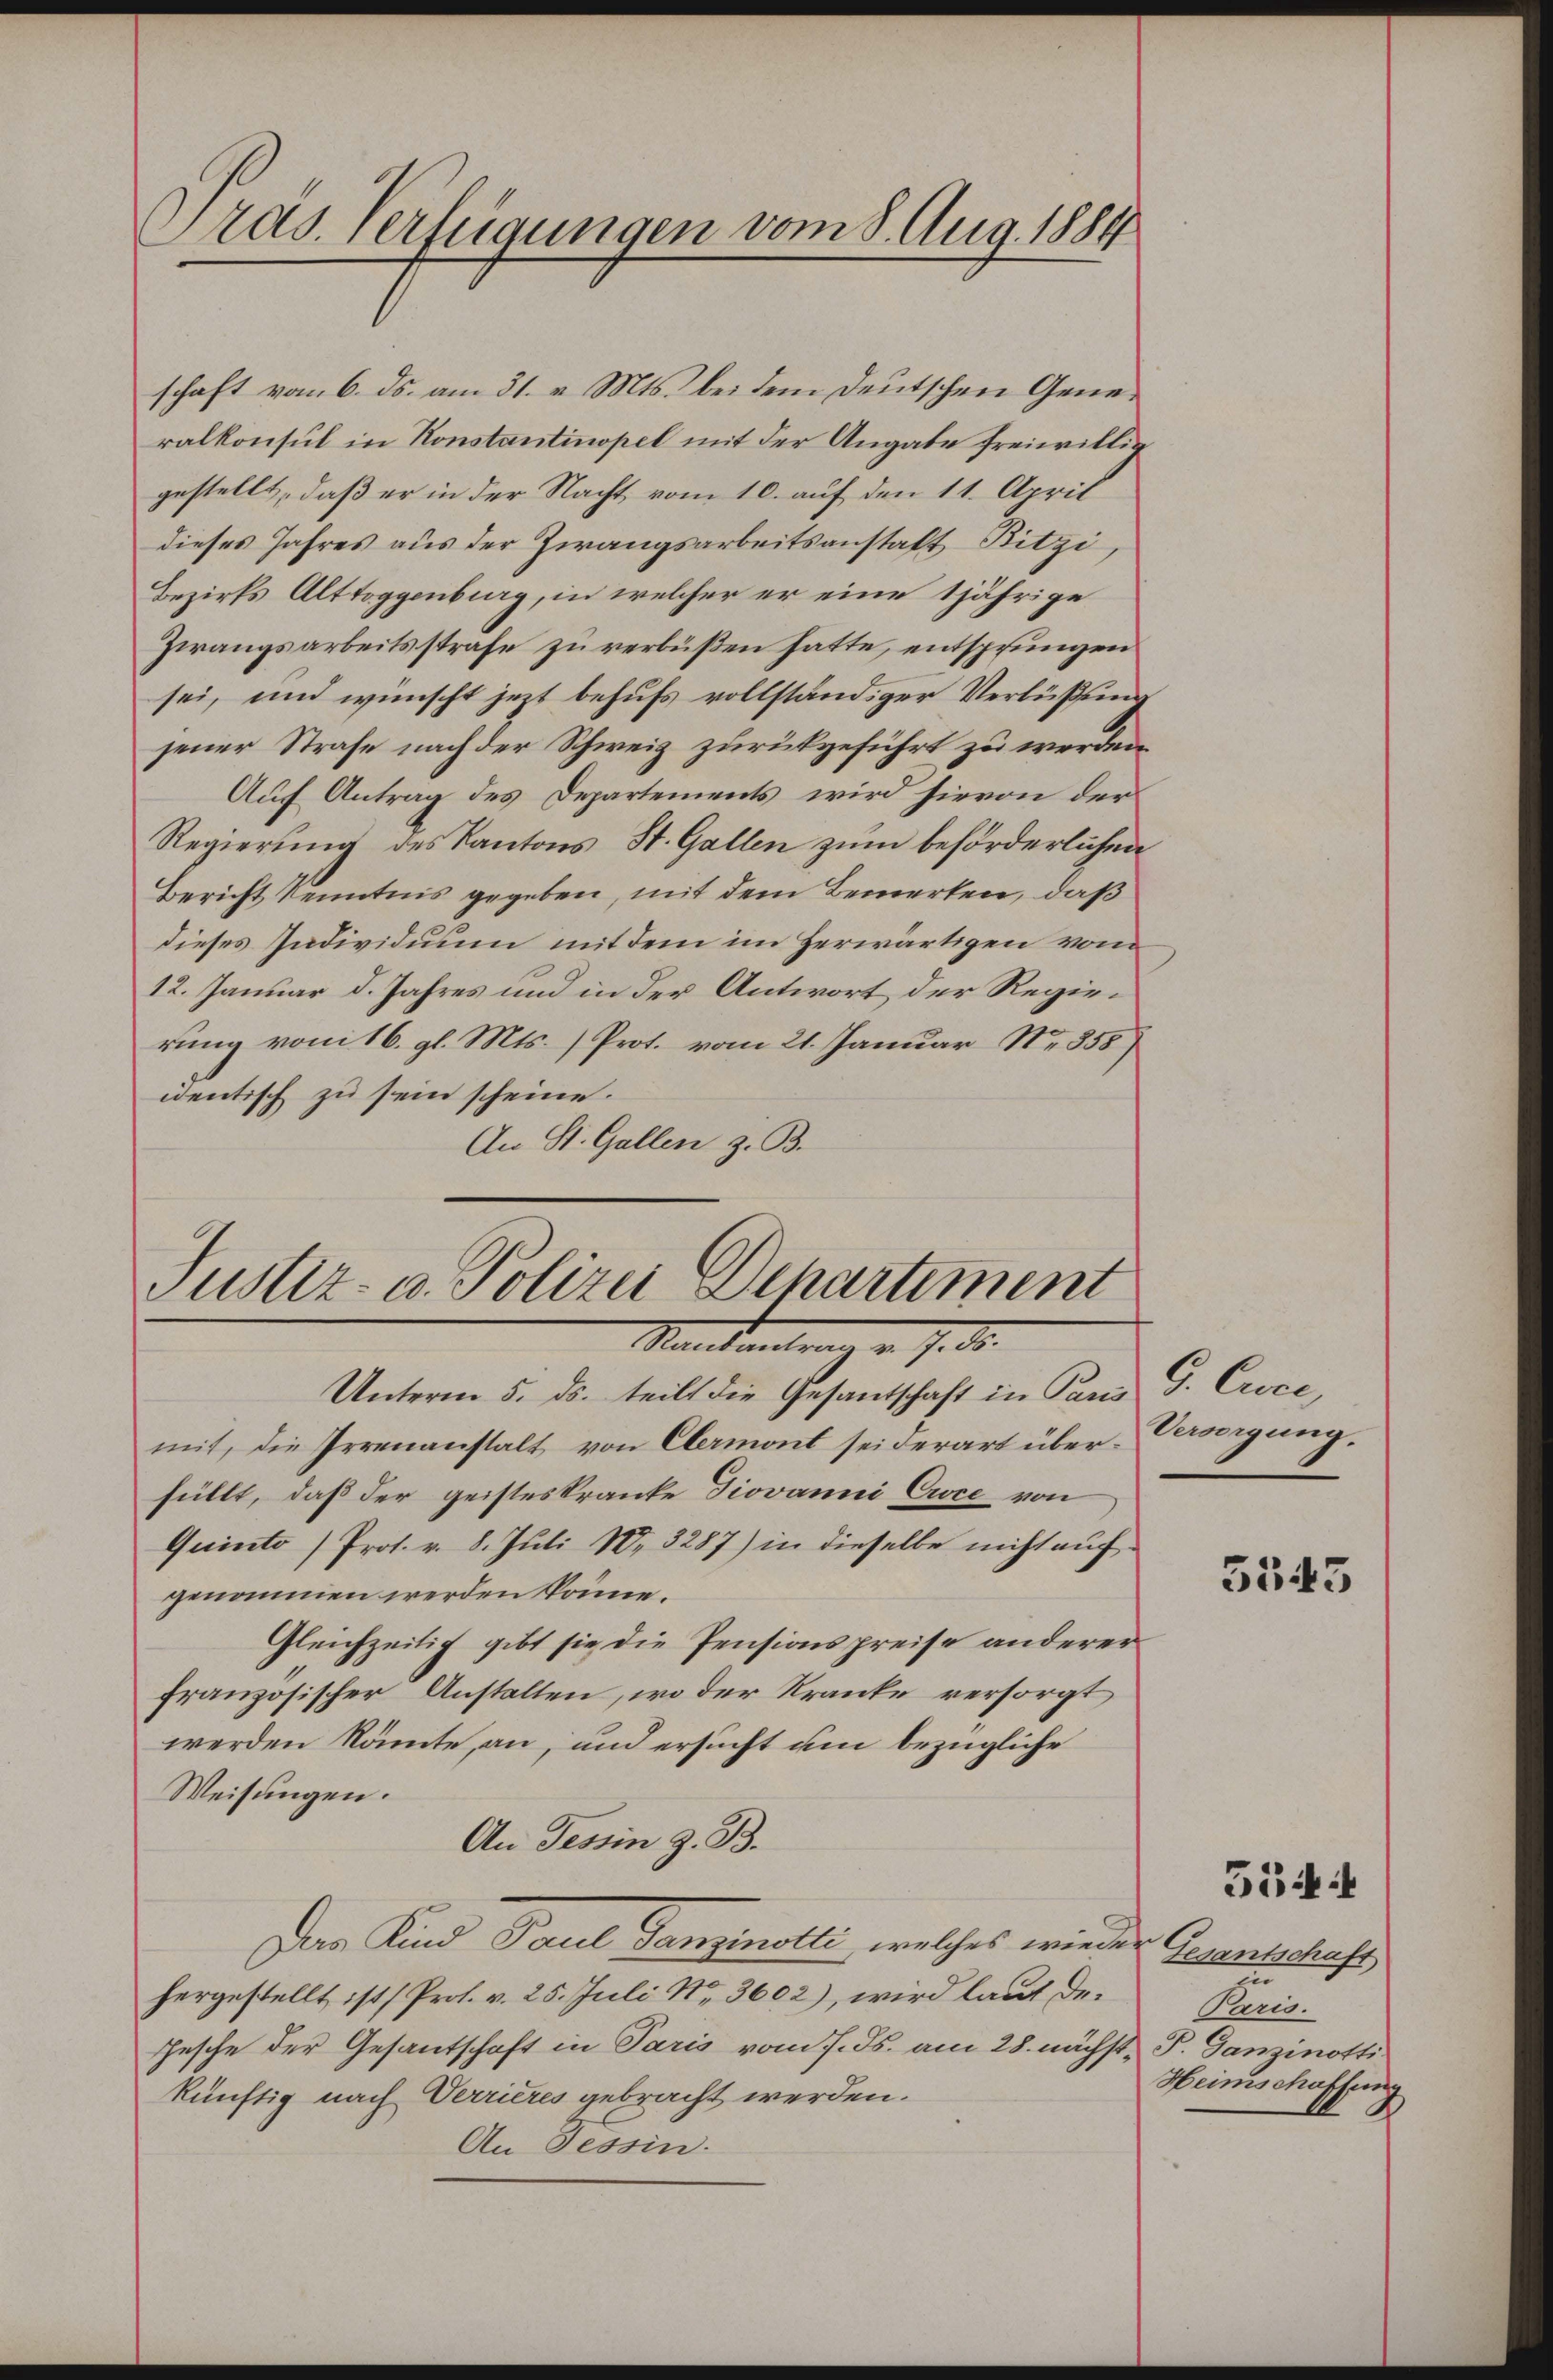
Gras Verfügungen vom 8. Aug. 1884/

schaft vom 6. ds. am 31. v. Mts. bei dem deutschen Generalkonsul in Konstantinopel mit der Angabe freiwillig
gestellt, daß er in der Nacht vom 10. auf den 11. April
dieses Jahres aus der Zwangsarbeitsanstatt Bitzi,
Bezirks Alttoggenburg, in welcher er eine 1jährige
Zwangsarbeitsstrafe zu verbüßen hatte, entsprungen
sei, und wünscht jetzt behufs vollständiger Verlüßung
jener Strafe nach der Schweiz zurückgeführt zu werden.
Auf Antrag des Departements wird hievon der
Regierung des Kantons St. Gallen zum beförderlichen
Bericht Kenntnis gegeben, mit dem Bemerken, daß
dieses Individuum mit dem im Herwärtigen vom
12. Januar d. Jahres und in der Antwort der Regierung vom 16. gl. Mts. (Prot. vom 21. Januar No 855
identisch zu sein scheine.
An St. Gallen z. B.

Justiz- u. Polizei Schartiment
Mandantrag v. J. St.
Unterm 5. ds. teilt die Gesantschaft in Pani G. Croce,

mit, die Irrenanstalt von Elermont sei derart über Versorgung.
füllt, daß der geisteskranke Diovanni Cice von
Quinto (Prot. v. 8. Juli 18. 3287) in dieselbe nicht auf
genommen werden könne.
Gleichzeitig gibt sie die Pensionspreise anderer
französischer Anstalten, wo der Kranke versorgt
werden könnte, an, und ersucht um bezügliche
Weisungen.
An Tessin z. B.
Das Kind Paul Danzinstli, welches wieder Gesenschaft
hergestellt ist (Pros. v. 25. Juli Nr. 3602), wird laut de¬
Gesche der Gesantschaft in Paris vom 7. ds. am 28. nächst, P. Ganzinotti
künftig nach Verrieres gebracht werden.
An Tessin.

5545

zie
Paris.
Heimschaffung

5544